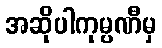
အဆိုပါကုမ္ပဏီမှ